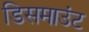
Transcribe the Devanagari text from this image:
डिसमाउंट